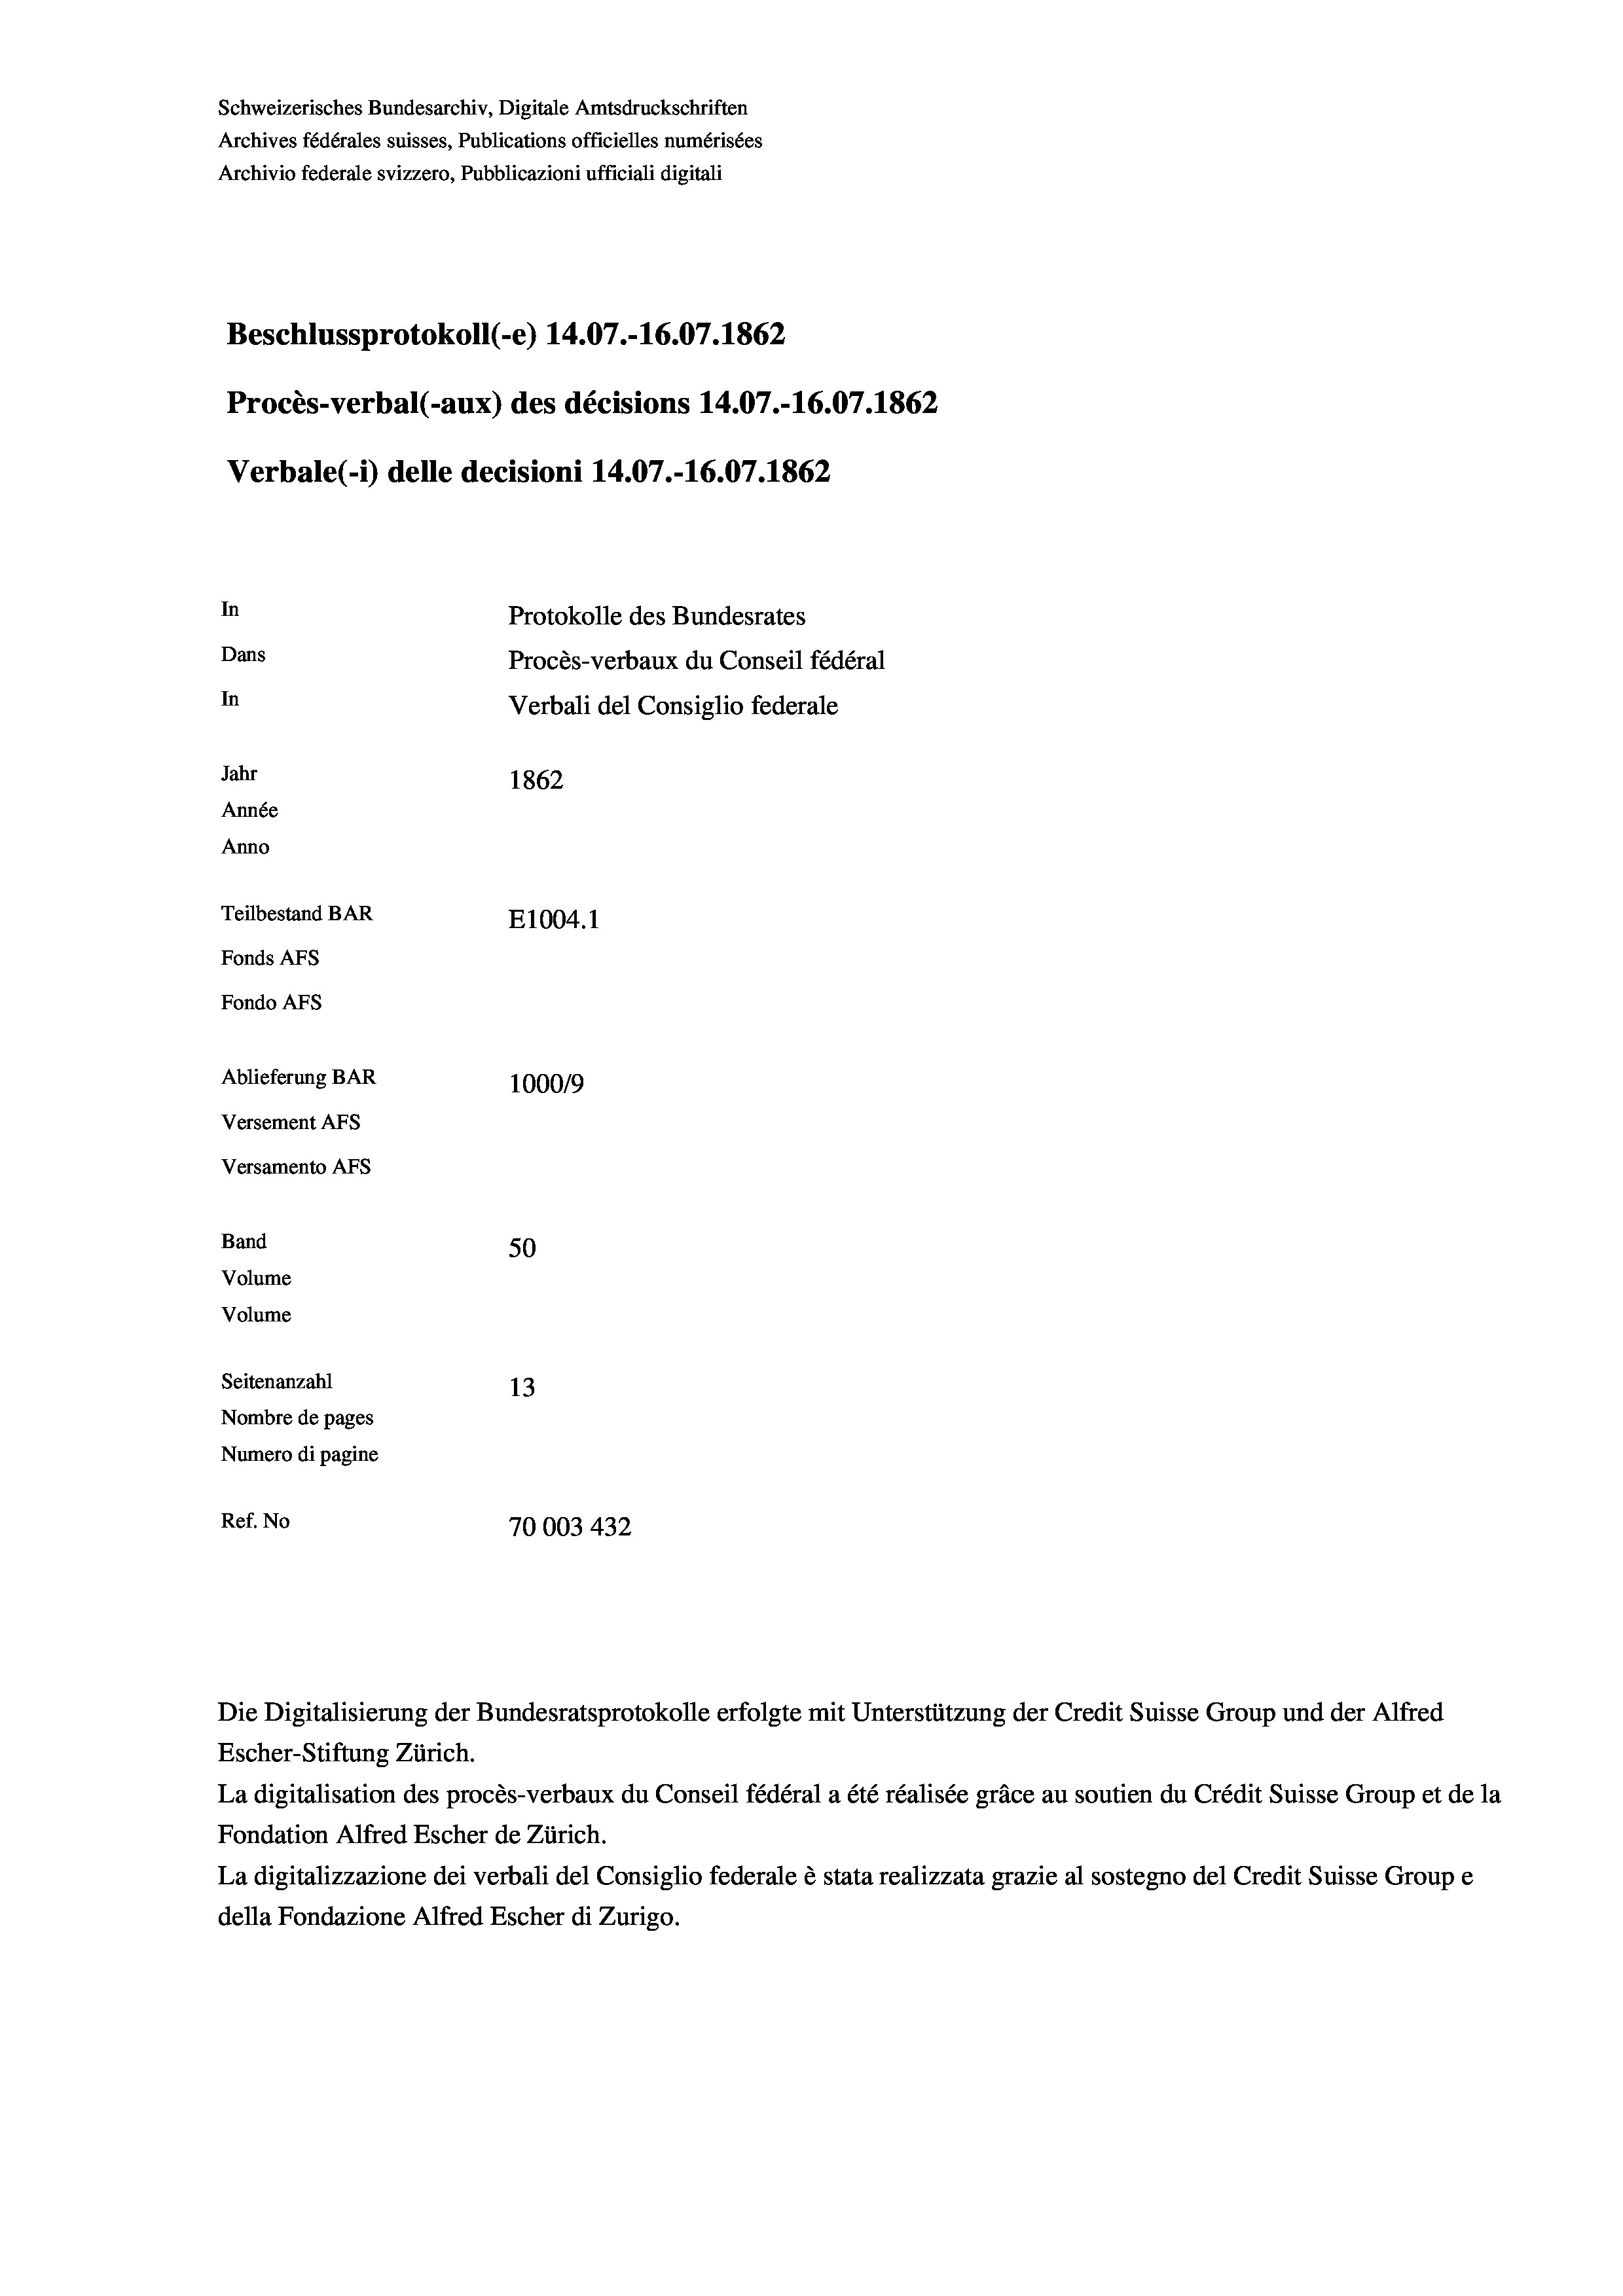
Versamento Afs
Band
Volume
Volume

50
Seitenanzahl
13
Nombre de pages
Numero di pagine
Ref. No
70003 432

Archivio federale svizzero, Pubblicazioni ufficiali digitali

Beschlussprotokoll (-e) 14.07.-16.07. 1862
Procès-verbal (-aux) des décisions 14.07.-16.07. 1862
Verbale(-*) delle decisioni 14.07.-16.07. 1862
In
Protokolle des Bundesrates
Dans
Procès-verbaux du Conseil fédéral
In
Verbali del Consiglio federale
Jahr
1862
Année
Anno
Teilbestand BAR
E1004. 1
Fonds AFs
Fondo AFS
Ablieferung BAR
100019
Versement AFs

Schweizerisches Bundesarchiv, Digitale Amtsdruckschriften
Archives fédérales suisses, Publications officielles numérisées

Escher-Stiftung Zürich.
La digitalisation des procès-verbaux du Conseil fédéral a été réalisée gräce au soutien du Crédit Suisse Group et de la
Fondation Alfred Escher de Zürich.
La digitalizzazione dei verbali del Consiglio federale è stata realizzata grazie al sostegno del Credit Suisse Groupe
della Fondazione Alfred Escher di Zurigo.

Die Digitalisierung der Bundesratsprotokolle erfolgte mit Unterstützung der Credit Suisse Group und der Alfred